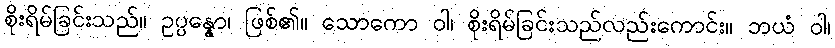
စိုးရိမ်ခြင်းသည်။ ဥပ္ပန္နော၊ ဖြစ်၏။ သောကော ဝါ၊ စိုးရိမ်ခြင်းသည်လည်းကောင်း။ ဘယံ ဝါ၊